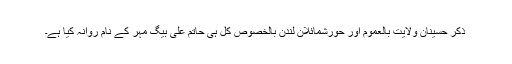
ذکرِ حسینانِ ولایت بالعموم اور حورشمائلانِ لندن بالخصوص کل ہی حاتم علی بیگ مہر کے نام روانہ کیا ہے۔